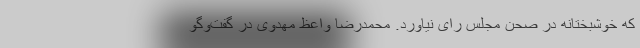
که خوشبختانه در صحن مجلس رای نیاورد. محمدرضا واعظ مهدوی در گفت‌وگو